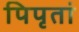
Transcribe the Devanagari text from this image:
पिपृतां